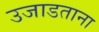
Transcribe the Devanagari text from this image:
उजाडताना